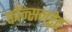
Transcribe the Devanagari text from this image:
कॉन्सनट्रेट